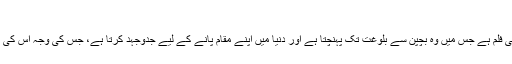
مون لائٹ، 2016 (Moonlight)
یہ ایک سیاہ فام شخص کی زندگی کے سفر پر مبنی فلم ہے جس میں وہ بچپن سے بلوغت تک پہنچتا ہے اور دنیا میں اپنے مقام پانے کے لیے جدوجہد کرتا ہے، جس کی وجہ اس کی پیدائش میامی کے ایک غریب خاندان میں ہونا تھا۔